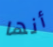
أنها